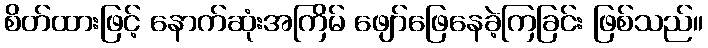
စိတ်ထားဖြင့် နောက်ဆုံးအကြိမ် ဖျော်ဖြေနေခဲ့ကြခြင်း ဖြစ်သည်။